Scottish Leaving Certificate Examination, 1961
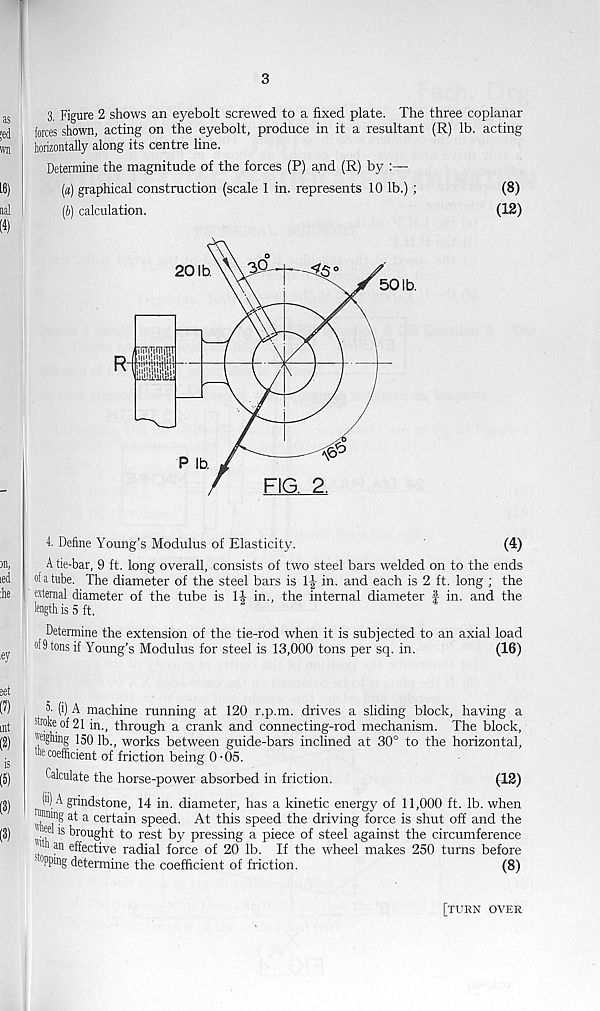
3
3. Figure 2 shows an eyebolt screwed to a fixed plate. The three coplanar
forces shown, acting on the eyebolt, produce in it a resultant (R) lb. acting
horizontally along its centre line.
Determine the magnitude of the forces (P) and (R) by :—
(a) graphical construction (scale 1 in. represents 10 lb.) ;
(8)
(b) calculation.
(12)
4. Define Young’s Modulus of Elasticity.
'
(4)
A tie-bar, 9 ft. long overall, consists of two steel bars welded on to the ends
of a tube. The diameter of the steel bars is
in. and each is 2 ft. long ; the
External diameter of the tube is
in., the internal diameter | in. and the
length is 5 ft.
Determine the extension of the tie-rod when it is subjected to an axial load
of 9 tons if Young’s Modulus for steel is 13,000 tons per sq. in.
(16)
5. (i) A machine running at 120 r.p.m. drives a sliding block, having a
woke of 21 in., through a crank and connecting-rod mechanism. The block,
weighing 150 lb., works between guide-bars inclined at 30° to the horizontal,
coefficient of friction being 0-05.
Calculate the horse-power absorbed in friction.
(12)
(») A grindstone, 14 in. diameter, has a kinetic energy of 11,000 ft. lb. when
ninmng at a certain speed. At this speed the driving force is shut off and the
.5* 18 brought to rest by pressing a piece of steel against the circumference
1 *1 an effective radial force of 20 lb. If the wheel makes 250 turns before
‘ °Pping determine the coefficient of friction.
(8)
[turn over